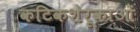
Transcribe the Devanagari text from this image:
कटिकशेरूकाओं